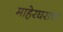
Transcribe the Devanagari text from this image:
माहेरघराचा